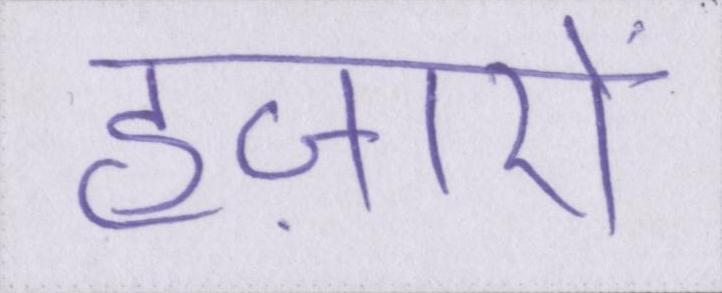
हज़ारों